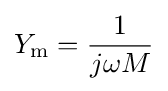
Y_{\mathrm {m} }={1 \over j\omega M}